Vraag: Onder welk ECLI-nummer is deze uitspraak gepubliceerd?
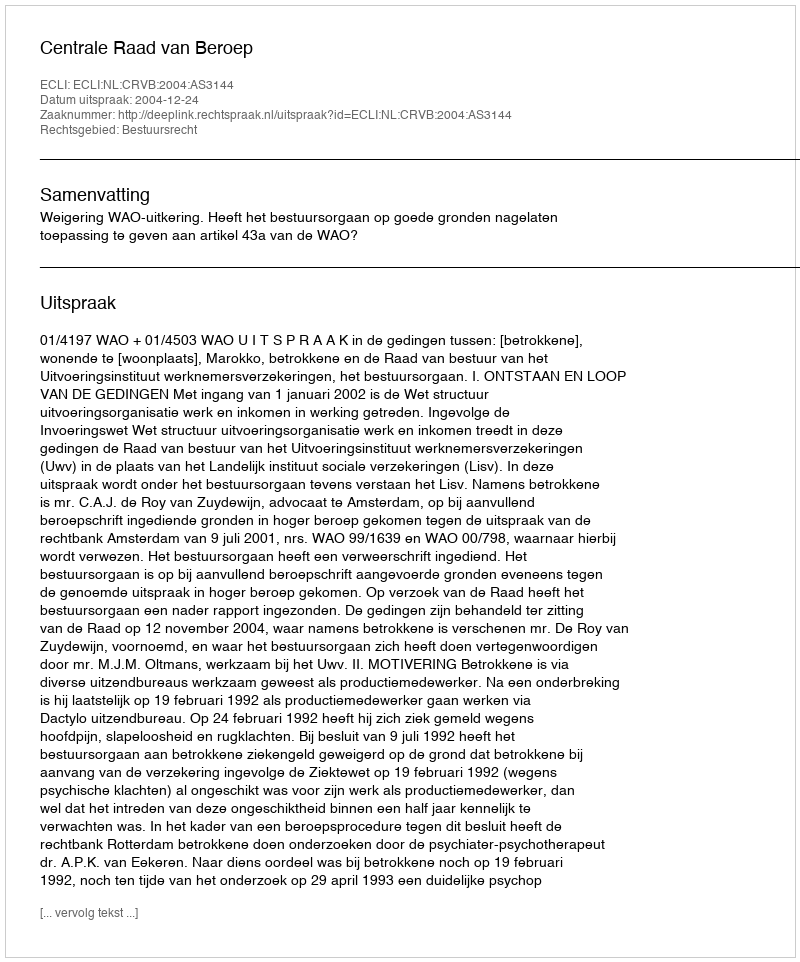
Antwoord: ECLI:NL:CRVB:2004:AS3144